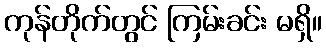
ကုန်တိုက်တွင် ကြမ်းခင်း မရှိ။